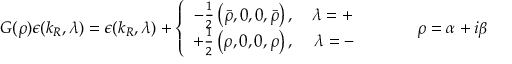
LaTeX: G ( \rho ) \epsilon ( k _ { R } , \lambda ) = \epsilon ( k _ { R } , \lambda ) + \left\{ \begin{array} { c } { { - \frac { 1 } { 2 } \left( \bar { \rho } , 0 , 0 , \bar { \rho } \right) , \, \, \, \, \, \, \lambda = + } } \\ { { + \frac { 1 } { 2 } \left( \rho , 0 , 0 , \rho \right) , \, \, \, \, \, \, \, \lambda = - } } \end{array} \right. \, \, \, \, \, \, \, \, \, \, \, \, \, \, \, \, \, \, \rho = \alpha + i \beta